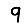
Digit: 9